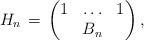
LaTeX: \begin{align*}H_n \,=\, \begin{pmatrix} 1 & \ldots & 1 \\& B_n &\end{pmatrix},\end{align*}